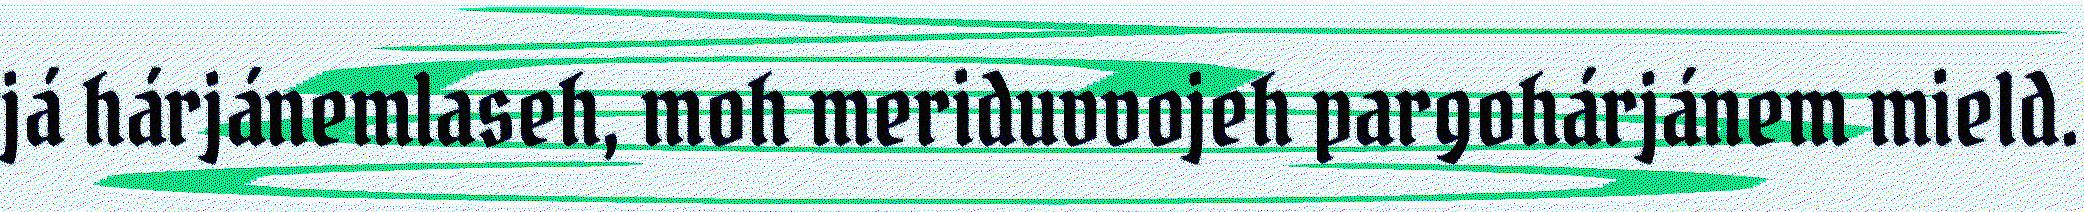
já hárjánemlaseh, moh meriduvvojeh pargohárjánem mield.